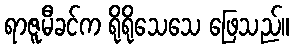
ရာဇူမီခင်က ရိုရိုသေသေ ဖြေသည်။